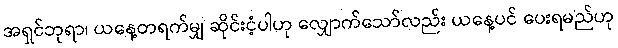
အရှင်ဘုရာ၊ ယနေ့တရက်မျှ ဆိုင်းငံ့ပါဟု လျှောက်သော်လည်း ယနေ့ပင် ပေးရမည်ဟု